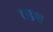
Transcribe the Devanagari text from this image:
राइश